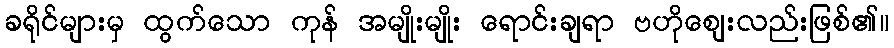
ခရိုင်များမှ ထွက်သော ကုန် အမျိုးမျိုး ရောင်းချရာ ဗဟိုဈေးလည်းဖြစ်၏။